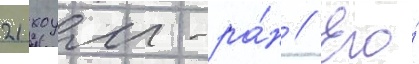
21 хоум-ра́н // Его́